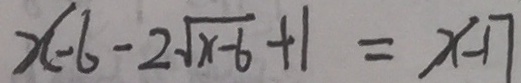
x - 6 - 2 \sqrt { x - 6 } + 1 = x - 1 7